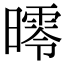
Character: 㬡